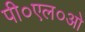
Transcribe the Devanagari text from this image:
पी०एल०ओ